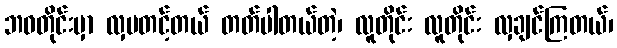
ဘဝတိုင်းမှာ လှပတင့်တယ် တတ်ပါတယ်တဲ့၊ လူတိုင်း လူတိုင်း လှချင်ကြတယ်၊